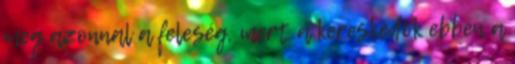
meg azonnal a feleség, mert a kereskedők ebben a